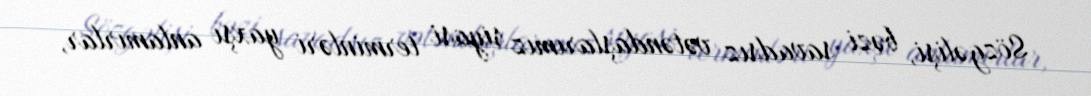
Sözgəlişi, bəzi savadsız vətəndaşlarımız siyasi terminləri yaxşı anlamırlar,